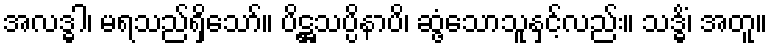
အလဒ္ဓါ၊ မရသည်ရှိသော်။ ပိဋ္ဌသပ္ပိနာပိ၊ ဆွံ့သောသူနှင့်လည်း။ သဒ္ဓိံ၊ အတူ။